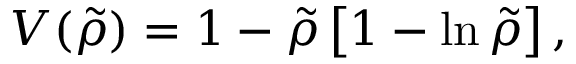
V ( \tilde { \rho } ) = 1 - \tilde { \rho } \left[ 1 - \ln \tilde { \rho } \right] ,